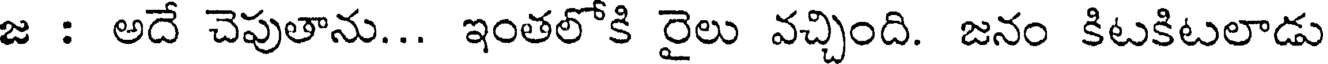
జ : అదే చెపుతాను... ఇంతలోకి రైలు వచ్చింది. జనం కిటకిటలాడు